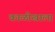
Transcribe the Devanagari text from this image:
काळोखाला